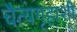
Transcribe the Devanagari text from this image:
चैत्यगृहाशी